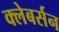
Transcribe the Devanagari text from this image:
क्लेबर्सन